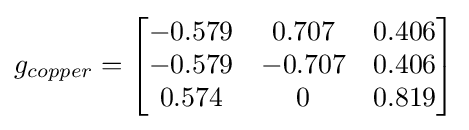
g_{copper}={\begin{bmatrix}-0.579&0.707&0.406\\-0.579&-0.707&0.406\\0.574&0&0.819\\\end{bmatrix}}